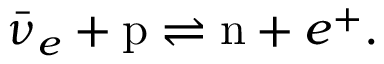
\bar { \nu } _ { e } + \mathrm { p } \rightleftharpoons \mathrm { n } + e ^ { + } .